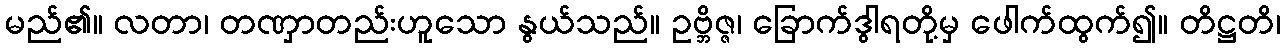
မည်၏။ လတာ၊ တဏှာတည်းဟူသော နွယ်သည်။ ဥဗ္ဘိဇ္ဇ၊ ခြောက်ဒွါရတို့မှ ဖေါက်ထွက်၍။ တိဋ္ဌတိ၊